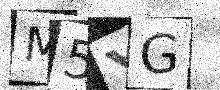
Text: M5YG